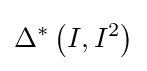
\Delta ^{*}\left(I,I^{2}\right)